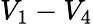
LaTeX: V_{1}-V_{4}